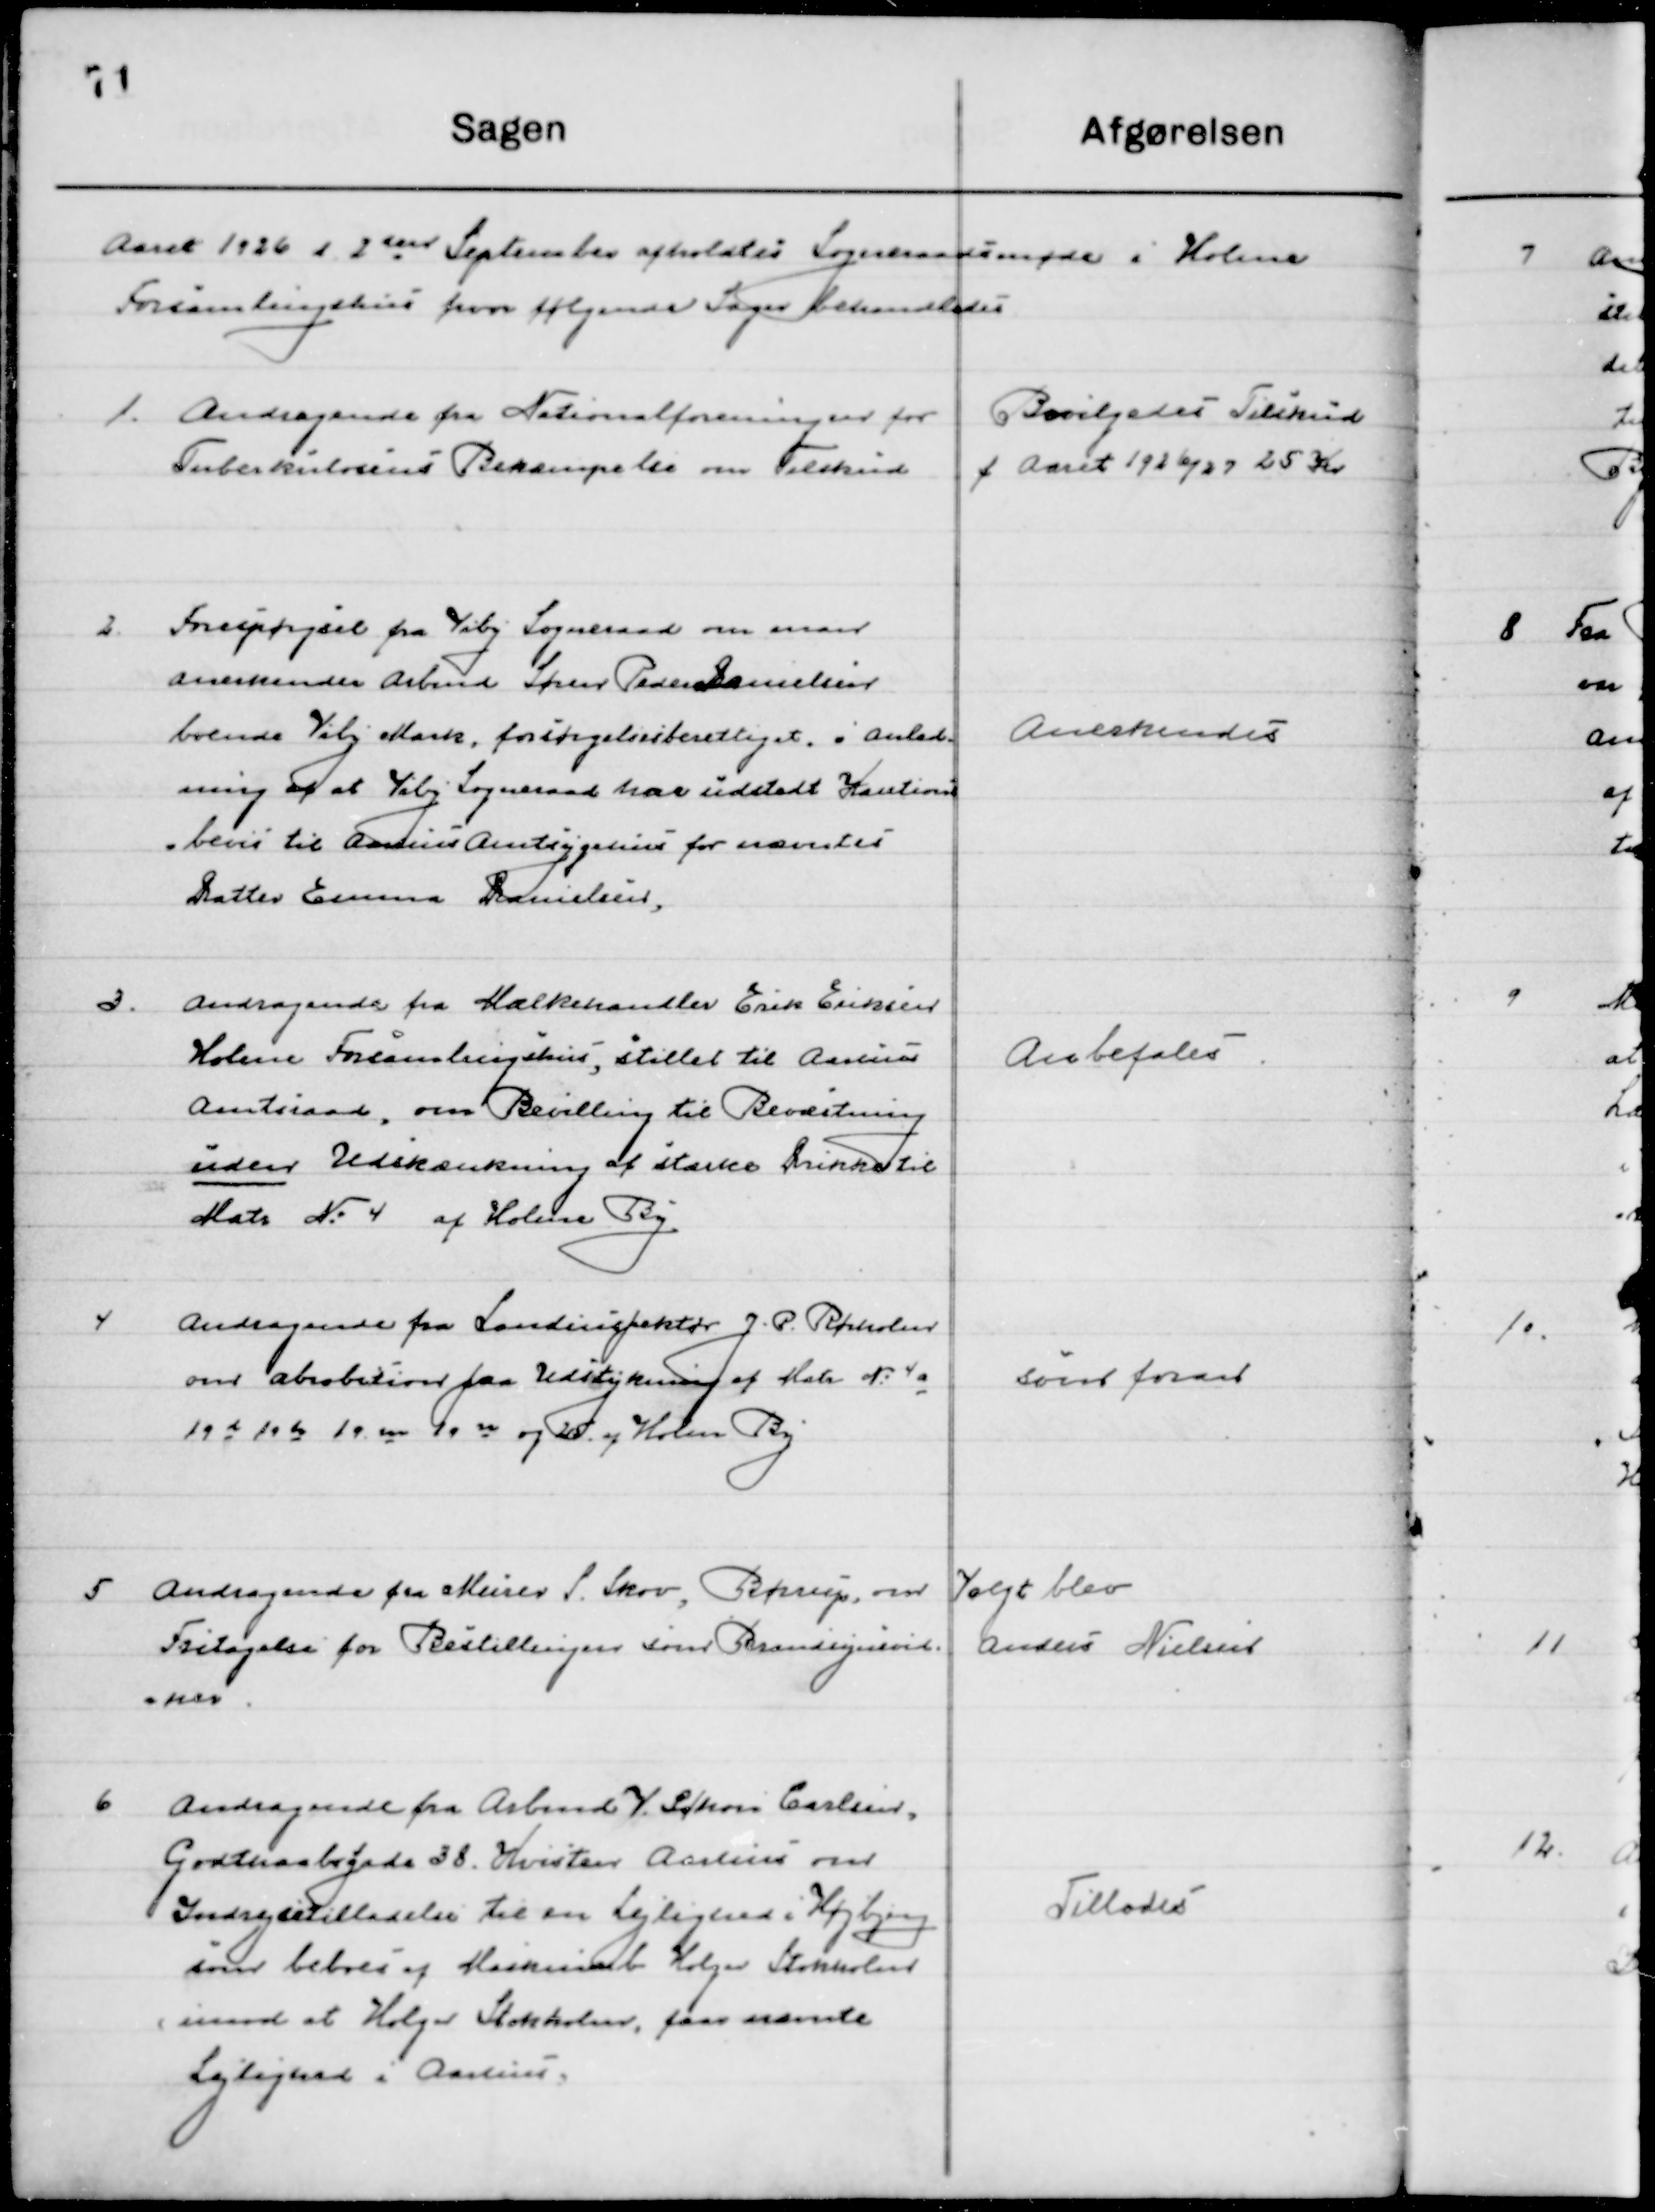
Transskription:
Aaret 1926 d. 2den September afholdtes Sogneraadsmøde i Holme 
Forsamlingshus hvor følgende Sager behandledes.

1

Andragende fra Nationalforeningen for
Tuberkulosens Bekæmpelse om Tilskud

Bevilgedes Tilskud
f. Aaret 1926/27 25 Kr.

2

Forespørgsels fra Viby Sogneraad om man
Anerkender Arbmd. Søren Peder Danielsen
boende Viby Mark, forsørgelsesberettiget i anled-
ning af at Viby Sogneraad har udstedt Kautions-
bevis til Aarhus Amtssygehus for nævntes
Datter Emma Danielsen.

Anerkendes

3

Andragende fra Mælkehandler Erik Eriksen 
Holme Forsamlingshus, stillet til Aarhus
Amtsraad, om Bevilling til Beværtning
uden Udskænkning af stærke Drikke til
Matr. No. 4 af Holme By.

Anbefales

4

Andragende fra Landinspektør J. P. Rørholm 
om approbation paa Udstykning af Matr. No. 4 a
19 d 19 b 19 m19 n og 25 af Holme By.

som foran

5

Andragende fra Murer S. Skov, Børup, om 
Fritagelse for Bestillingen som Brandsynsvid- 
ne.

Valgt blev 
Ander Nielsen

6

Andragende fra Arbmd. I. Schøn Carlsen
Godthaabsgade 38 Kvisten, Aarhus om
Indrejsetilladelse til en Lejlighed i Højbjerg
som beboes af Maskinarb Holger Stokholm
mod at Holger Stokholm faar nævnte 
Lejlighed i Aarhus.

Tillodes